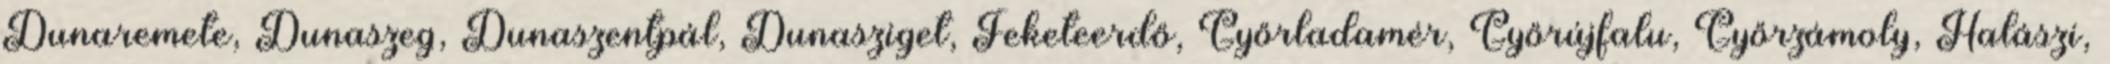
Dunaremete, Dunaszeg, Dunaszentpál, Dunasziget, Feketeerdő, Győrladamér, Győrújfalu, Győrzámoly, Halászi,